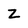
Character: Z